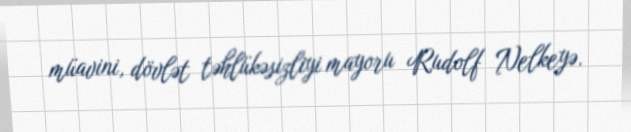
müavini, dövlət təhlükəsizliyi mayoru Rudolf Nelkeyə.